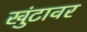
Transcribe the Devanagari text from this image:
खुंटावर